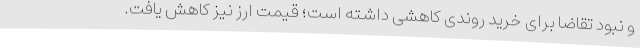
و نبود تقاضا برای خرید روندی کاهشی داشته است؛ قیمت ارز نیز کاهش یافت.